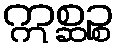
ဣစ္ဆဉ္စ